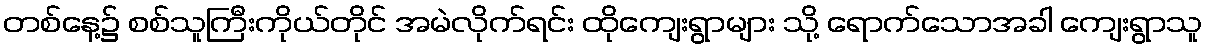
တစ်နေ့၌ စစ်သူကြီးကိုယ်တိုင် အမဲလိုက်ရင်း ထိုကျေးရွာများ သို့ ရောက်သောအခါ ကျေးရွာသူ